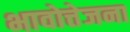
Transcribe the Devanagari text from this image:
भावोत्तेजना